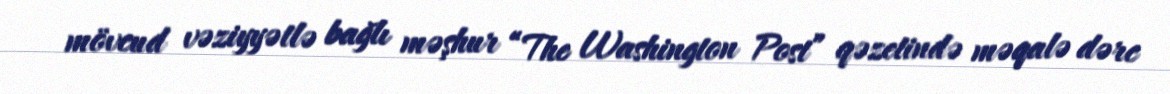
mövcud vəziyyətlə bağlı məşhur “The Washington Post” qəzetində məqalə dərc